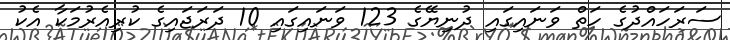
ސަރަހައްދުގެ ހަތް ވަނައިގައި ދުނިޔޭގެ 123 ވަނައިގައި 10 ދަރަޖައިގެ ކުރިއެރުމަކާ އެކު